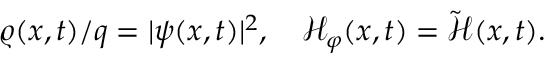
\varrho ( { x } , t ) / q = | \psi ( { x } , t ) | ^ { 2 } , \quad \mathcal { H } _ { \varphi } ( { x } , t ) = \tilde { \mathcal { H } } ( { x } , t ) .